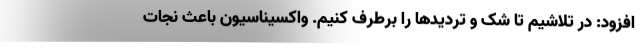
افزود: در تلاشیم تا شک و تردیدها را برطرف کنیم. واکسیناسیون باعث نجات